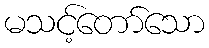
မသင့်တော်သော